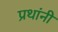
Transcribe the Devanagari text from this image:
प्रथांनी